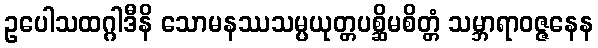
ဥပေါသထဂ္ဂါဒီနိ သောမနဿသမ္ပယုတ္တပစ္ဆိမစိတ္တံ သမ္ဘာရာဝဇ္ဇနေန